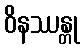
ဝိနဿန္တု